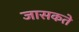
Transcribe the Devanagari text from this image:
जासकते